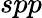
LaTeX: spp